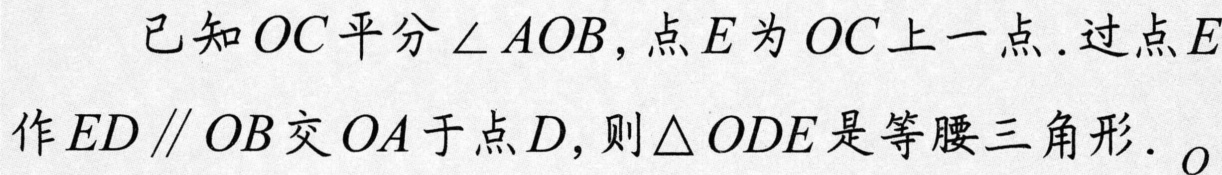
已知\(OC\)平分\(\angle AOB\)，点\(E\)为\(OC\)上一点.过点\(E\)作\(ED\parallel OB\)交\(OA\)于点\(D\)，则\(\triangle ODE\)是等腰三角形.